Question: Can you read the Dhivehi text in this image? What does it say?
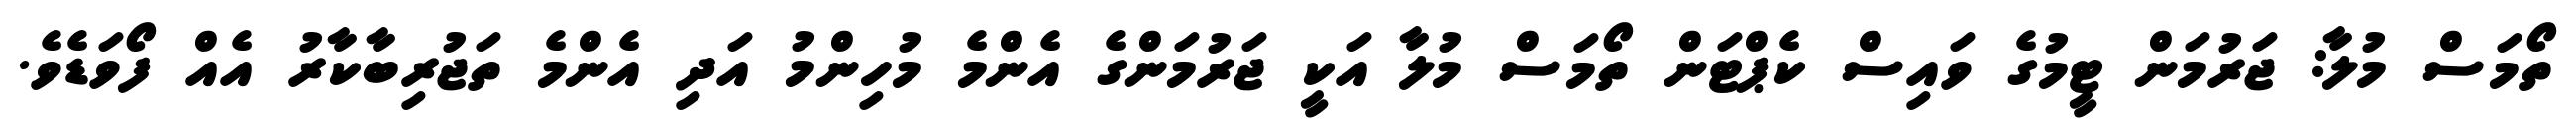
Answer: ތޯމަސް މުލާ: ޖަރުމަން ޓީމުގެ ވައިސް ކެޕްޓަން ތޯމަސް މުލާ އަކީ ޖަރުމަންގެ އެންމެ މުހިންމު އަދި އެންމެ ތަޖުރިބާކާރު އެއް ފޯވަޑެވެ.